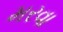
મરવા